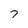
Character: 7